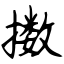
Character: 擞